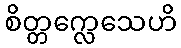
စိတ္တက္လေသေဟိ